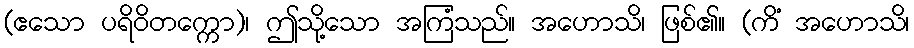
(ဧသော ပရိဝိတက္ကော)၊ ဤသို့သော အကြံသည်။ အဟောသိ၊ ဖြစ်၏။ (ကိံ အဟောသိ၊